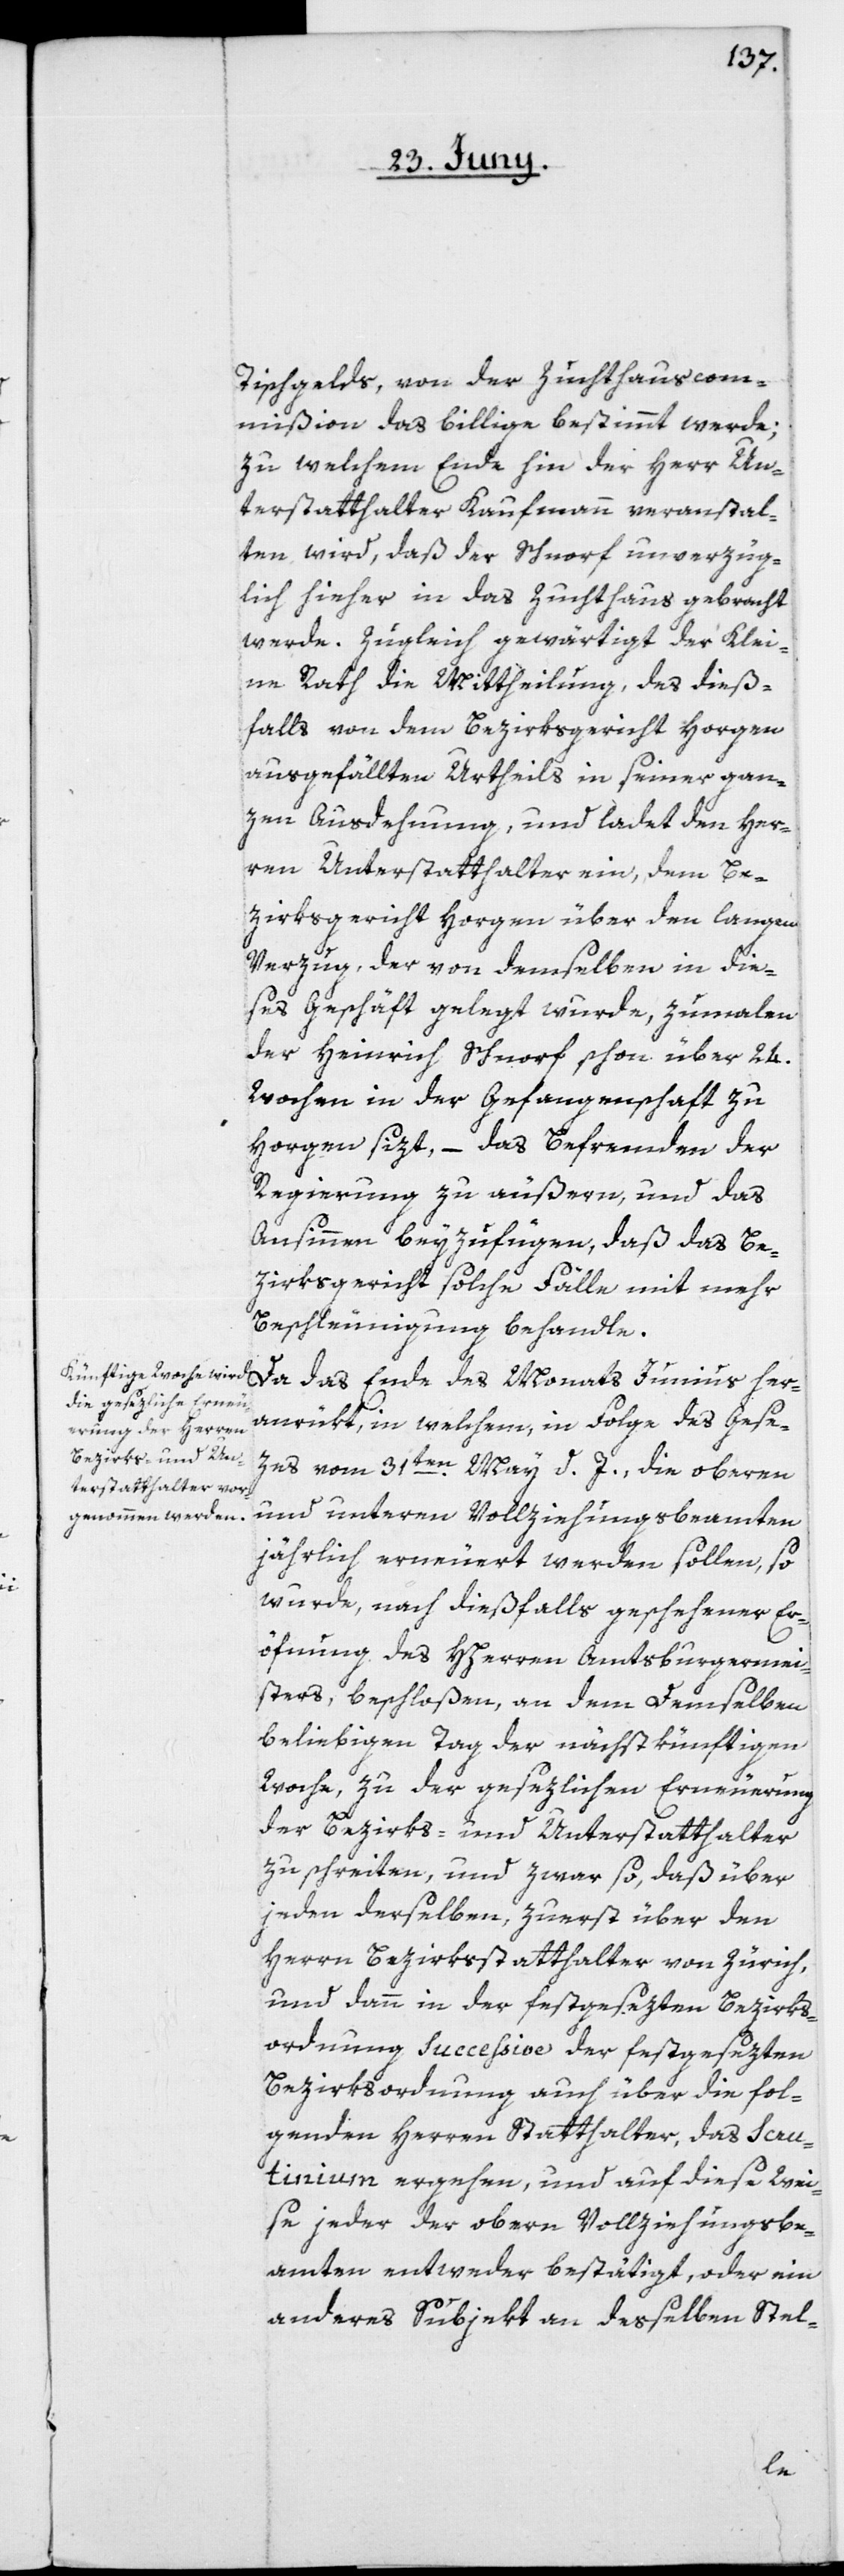
Tischgelds, von der Zuchthauscom¬
mißion das billige bestimmt werde;
zu welchem Ende hin der Herr Un¬
terstatthalter Kaufmann veranstal¬
ten wird, daß der Schnorf unverzüg¬
lich hieher in das Zuchthaus gebracht
werde. Zugleich gewärtigt der Klei¬
ne Rath die Mittheilung, daß dieß¬
falls von dem Bezirksgericht Horgen
ausgefällten Urtheils in seiner gan¬
zen Ausdehnung, und ladet den Her¬
ren Unterstatthalter ein, dem Be¬
zirksgericht Horgen über den langen
Verzug, der von demselben in die¬
ses Geschäft gelegt wurde, zumalen
der Heinrich Schnorf schon über 24.
Wochen in der Gefangenschaft zu
Horgen sizt, das Befremden der
Regierung zu äußern, und das
Ansinnen beyzufügen, daß das Be¬
zirksgericht solche Fälle mit mehr
Beschleunigung behandle.
Da das Ende des Monats Junius her¬
anrükt, in welchem, in Folge des Gese¬
zes vom 31ten May d. J., die oberen
und unteren Vollziehungsbeamten
jährlich erneuert werden sollen, so
wurde, nach dießfalls geschehener Er¬
öfnung des HHerren Amtsburgermei¬
sters, beschloßen, an dem demselben
beliebigen Tag der nächstkünftigen
Woche, zu der gesezlichen Erneuerung
der Bezirks- und Unterstatthalter
zu schreiten, und zwar so, daß über
jeden derselben, zuerst über den
Herrn Bezirksstatthalter von Zürich,
und dann in der festgesezten Bezirks¬
ordnung succeßive der festgesezten
Bezirksordnung auch über die fol¬
genden Herren Statthalter, das Scru¬
tinium ergehen, und auf diese Wei¬
se jeder der obern Vollziehungsbe¬
amten entweder bestätigt, oder ein
anderes Subjekt an desselben Stel-